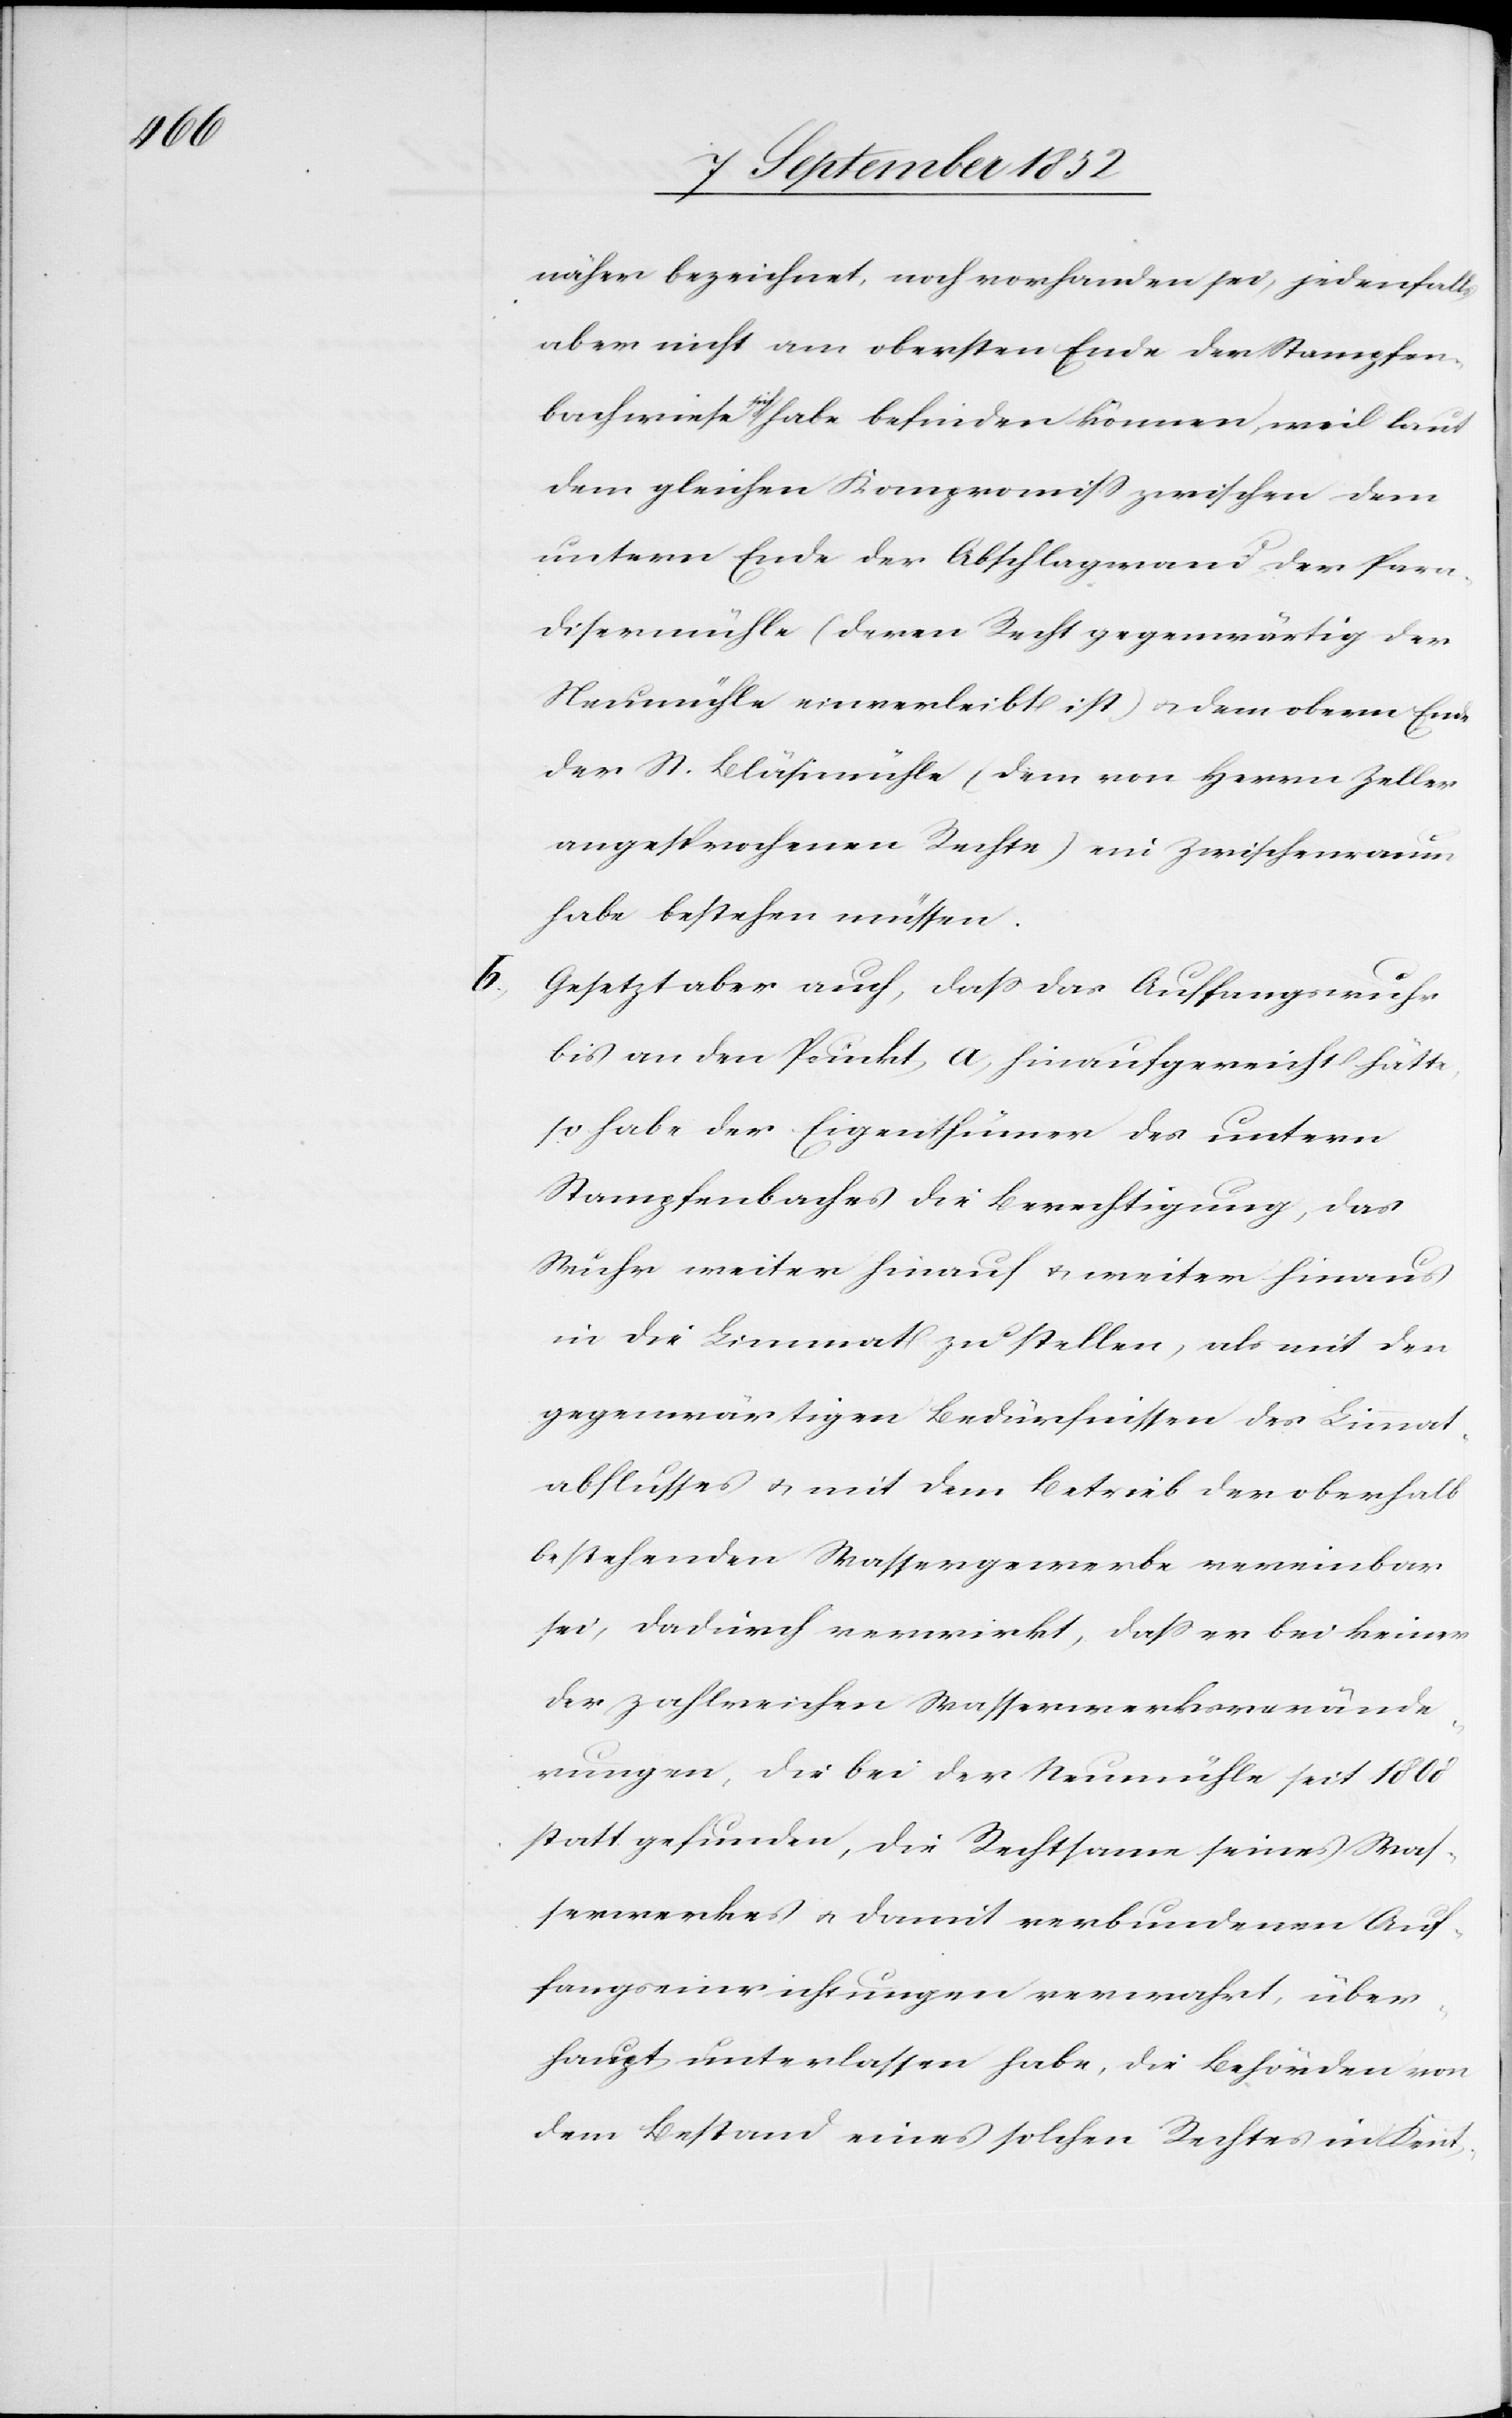
näher bezeichnet, noch vorhanden sei, jedenfalls
aber nicht am obersten Ende der Stampfen¬
bachwiese sich habe befinden können, weil laut
dem gleichen Kompromiss zwischen dem
untern Ende der Abschlagwand der Para¬
disermühle (deren Recht gegenwärtig der
Neumühle einverleibt ist) & dem obern Ende
der St. Bläsimühle (dem von Herrn Zeller
angesprochenen Rechte) ein Zwischenraum
habe bestehen müssen.
Gesetzt aber auch, dass das Auffangswuhr
bis an den Punkt a, hinaufgereicht hätte,
so habe der Eigenthümer des untern
Stampfenbaches die Berechtigung, das
Wuhr weiter hinauf & weiter hinaus
in die Limmat zu stellen, als mit den
gegenwärtigen Bedürfnissen des Limmat¬
abflusses & mit dem Betrieb der oberhalb
bestehenden Wassergewerbe vereinbar
sei, dadurch verwirkt, dass er bei keiner
der zahlreichen Wasserwerksverände¬
rungen, die bei der Neumühle seit 1808
statt gefunden, die Rechtsame seines Was¬
serwerkes & damit verbundenen Auf¬
fangseinrichtungen verwahrt, über¬
haupt unterlassen habe, die Behörden von
dem Bestand eines solchen Rechtes in Kennt-